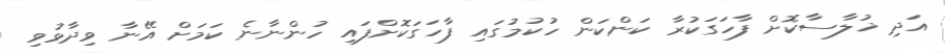
އަދި ޚުލާސާކޮށް ފާހަގަކުރާ ކަންކަން ހުކުމުގައި ފާހަގަކޮށްފައި ހުންނާނެ ކަމަށް އޭނާ ވިދާޅުވި